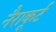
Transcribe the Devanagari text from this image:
नैराकूर्ट